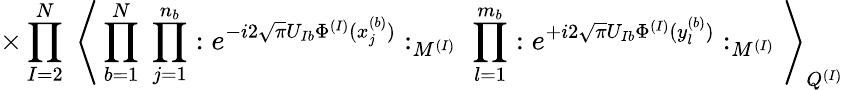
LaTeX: \times\prod_{I=2}^{N}\; \Bigg\langle\prod_{b=1}^{N}\; \prod_{j=1}^{n_{b}}:e^{-i2\sqrt{\pi}U_{Ib}\Phi^{(I)}(x_{j}^{(b)})}:_{M^{(I)}}\; \prod_{l=1}^{m_{b}}:e^{+i2\sqrt{\pi}U_{Ib}\Phi^{(I)}(y_{l}^{(b)})}:_{M^{(I)}}\Bigg\rangle_{Q^{(I)}}